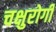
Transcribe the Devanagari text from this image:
चक्षुरोगी